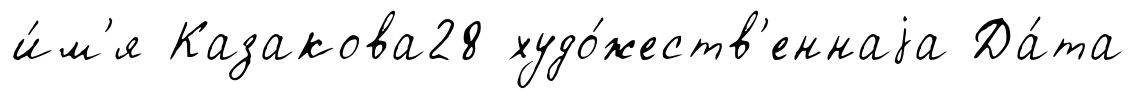
и́м'я Казакова28 худо́жеств'еннаjа Да́та